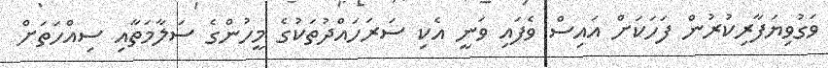
ވަގުވިޔަފާރިކުރުން ފަހަކަށް އައިސް ވެފައި ވަނީ އެކި ސަރަހައްދުތަކުގެ މީހުންގެ ސަލާމަތާއި ސިއްހަތަށް